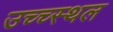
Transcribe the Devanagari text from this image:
उच्च्स्थल